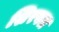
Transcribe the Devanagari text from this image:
शिरवल